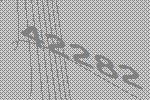
42282